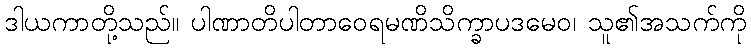
ဒါယကာတို့သည်။ ပါဏာတိပါတာဝေရမဏိသိက္ခာပဒမေဝ၊ သူ၏အသက်ကို